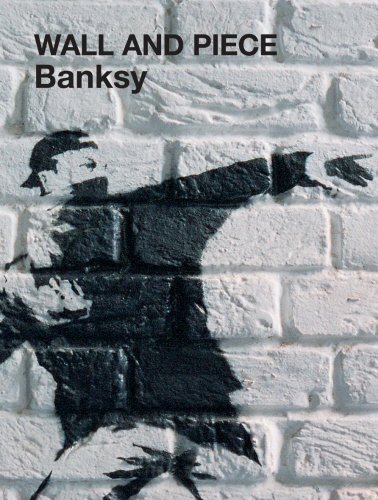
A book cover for Wall and Piece; Banksy; Arts & Photography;